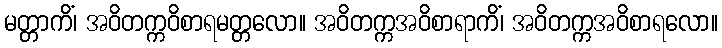
မတ္တာကိံ၊ အဝိတက္ကဝိစာရမတ္တလော။ အဝိတက္ကအဝိစာရာကိံ၊ အဝိတက္ကအဝိစာရလော။